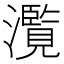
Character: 𤂺